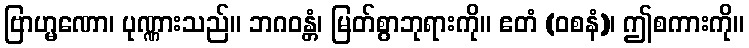
ဗြာဟ္မဏော၊ ပုဏ္ဏားသည်။ ဘဂဝန္တံ၊ မြတ်စွာဘုရားကို။ ဧတံ (ဝစနံ)၊ ဤစကားကို။